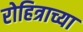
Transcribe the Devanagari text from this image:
रोहित्राच्या